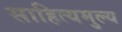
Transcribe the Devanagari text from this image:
साहित्यमुल्य